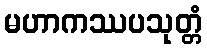
မဟာကဿပသုတ္တံ